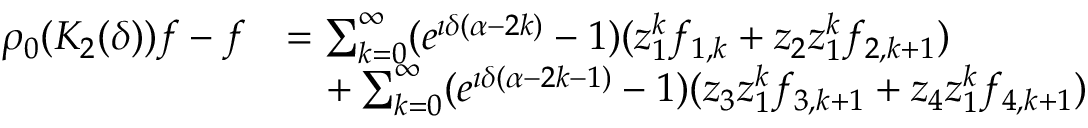
\begin{array} { r l } { \rho _ { 0 } ( K _ { 2 } ( \delta ) ) f - f } & { = \sum _ { k = 0 } ^ { \infty } ( e ^ { \imath \delta ( \alpha - 2 k ) } - 1 ) ( z _ { 1 } ^ { k } f _ { 1 , k } + z _ { 2 } z _ { 1 } ^ { k } f _ { 2 , k + 1 } ) } \\ & { \quad + \sum _ { k = 0 } ^ { \infty } ( e ^ { \imath \delta ( \alpha - 2 k - 1 ) } - 1 ) ( z _ { 3 } z _ { 1 } ^ { k } f _ { 3 , k + 1 } + z _ { 4 } z _ { 1 } ^ { k } f _ { 4 , k + 1 } ) } \end{array}